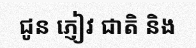
ជូន ភ្ញៀវ ជាតិ និង